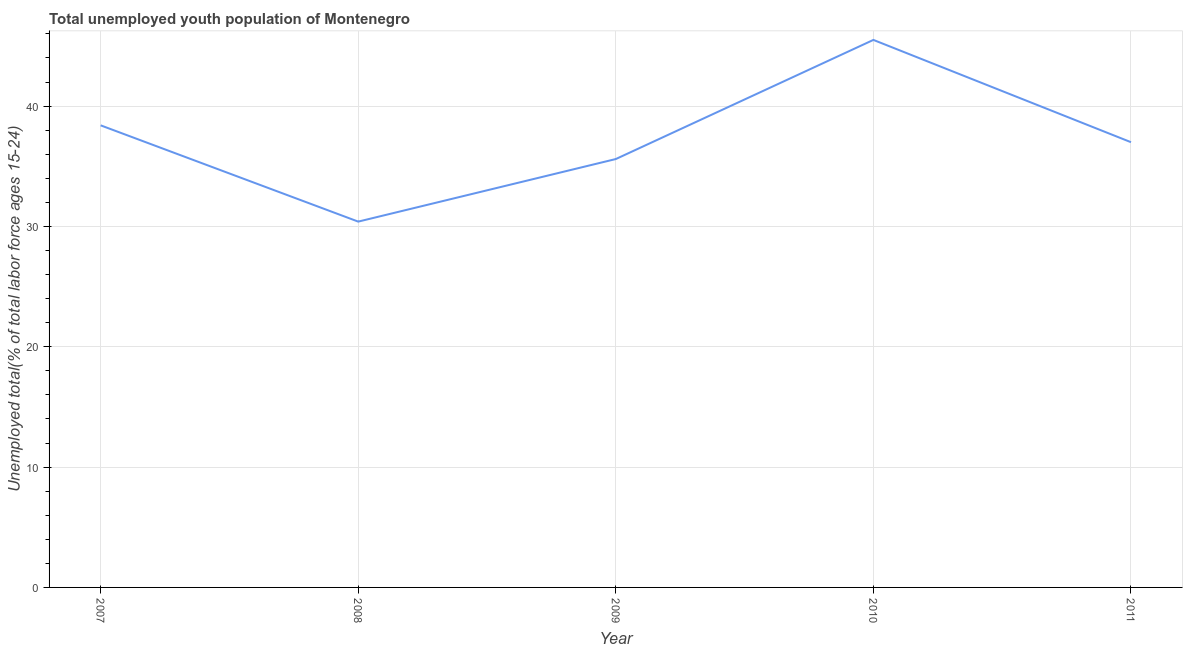
| Year | Unemployment youth total |
 | --- | --- |
 | 2007 | 38.4 |
 | 2008 | 30.4 |
 | 2009 | 35.6 |
 | 2010 | 45.5 |
 | 2011 | 37 |